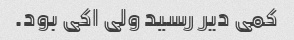
کمی دیر رسید ولی اکی بود.